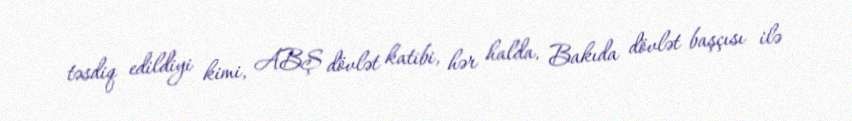
təsdiq edildiyi kimi, ABŞ dövlət katibi, hər halda, Bakıda dövlət başçısı ilə